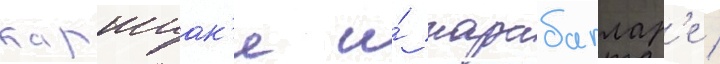
каршиак'е и́ карабаглар'е /